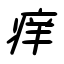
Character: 痒